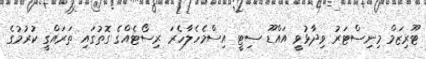
ޓޫރިޒަމް މިނިސްޓަރު ވިދާޅުވީ އައްޑޫ ސިޓީ އިސްމެހެލާހެރަ ރިސޯޓެއްގެ ގޮތުގައި ތަރައްގީ ކުރުމުގެ